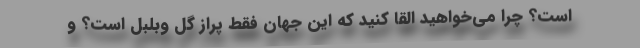
است؟ چرا می‌خواهید القا کنید که این جهان فقط پراز گل وبلبل است؟ و